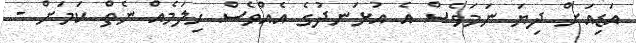
އަޑިއަށް ދިޔަ ނަމަވެސް އެ އުޅަނދުގެ އެއްވެސް ހިލަމެއް ނެތް ކަމަށް -